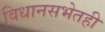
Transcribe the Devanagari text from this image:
विधानसभेतही